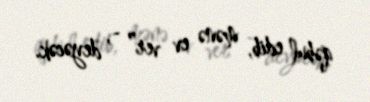
qəbul edib, mənə ev ver” -, deyəcək.